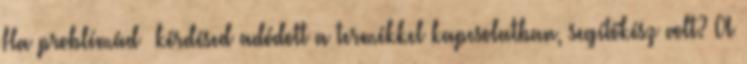
Ha problémád kérdésed adódott a termékkel kapcsolatban, segítőkész volt? A